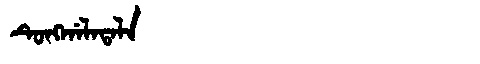
Manchu: ᡨᡠᠩᡤᠠᠯᠠᡨᠠᠯᠠ
Romanization: TUNGGALATALA